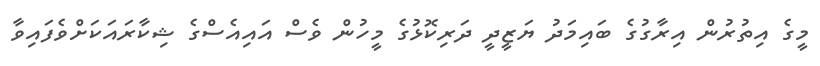
މީގެ އިތުރުން އިރާގުގެ ބައިމަދު ޔަޒީދީ ދަރިކޮޅުގެ މީހުން ވެސް އައިއެސްގެ ޝިކާރައަކަށްވެފައިވާ